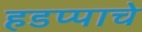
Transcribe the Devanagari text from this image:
हडप्पाचे